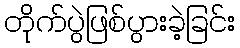
တိုက်ပွဲဖြစ်ပွားခဲ့ခြင်း